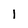
Character: l